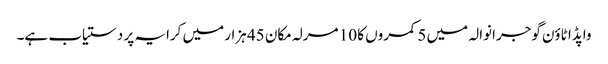
واپڈا ٹاؤن گوجرانوالہ میں 5 کمروں کا 10 مرلہ مکان 45 ہزار میں کرایہ پر دستیاب ہے۔